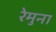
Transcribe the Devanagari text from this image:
रेमुना